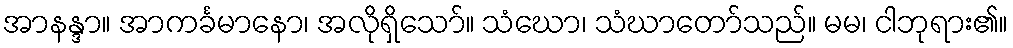
အာနန္ဒာ။ အာကင်္ခမာနော၊ အလိုရှိသော်။ သံဃော၊ သံဃာတော်သည်။ မမ၊ ငါဘုရား၏။